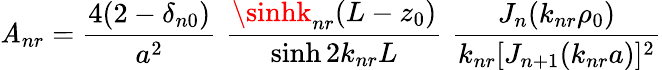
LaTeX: \mathit{A}_{nr}={\frac{{4(2-\delta_{n0})}}{{a^{2}}}}\, \, {\frac{{\sinhk_{nr}(L-z_{0})}}{{\sinh2k_{nr}L}}}\, \, {\frac{{J_{n}(k_{nr}\rho_{0})}}{{k_{nr}[J_{n+1}(k_{nr}a)]^{2}}}}